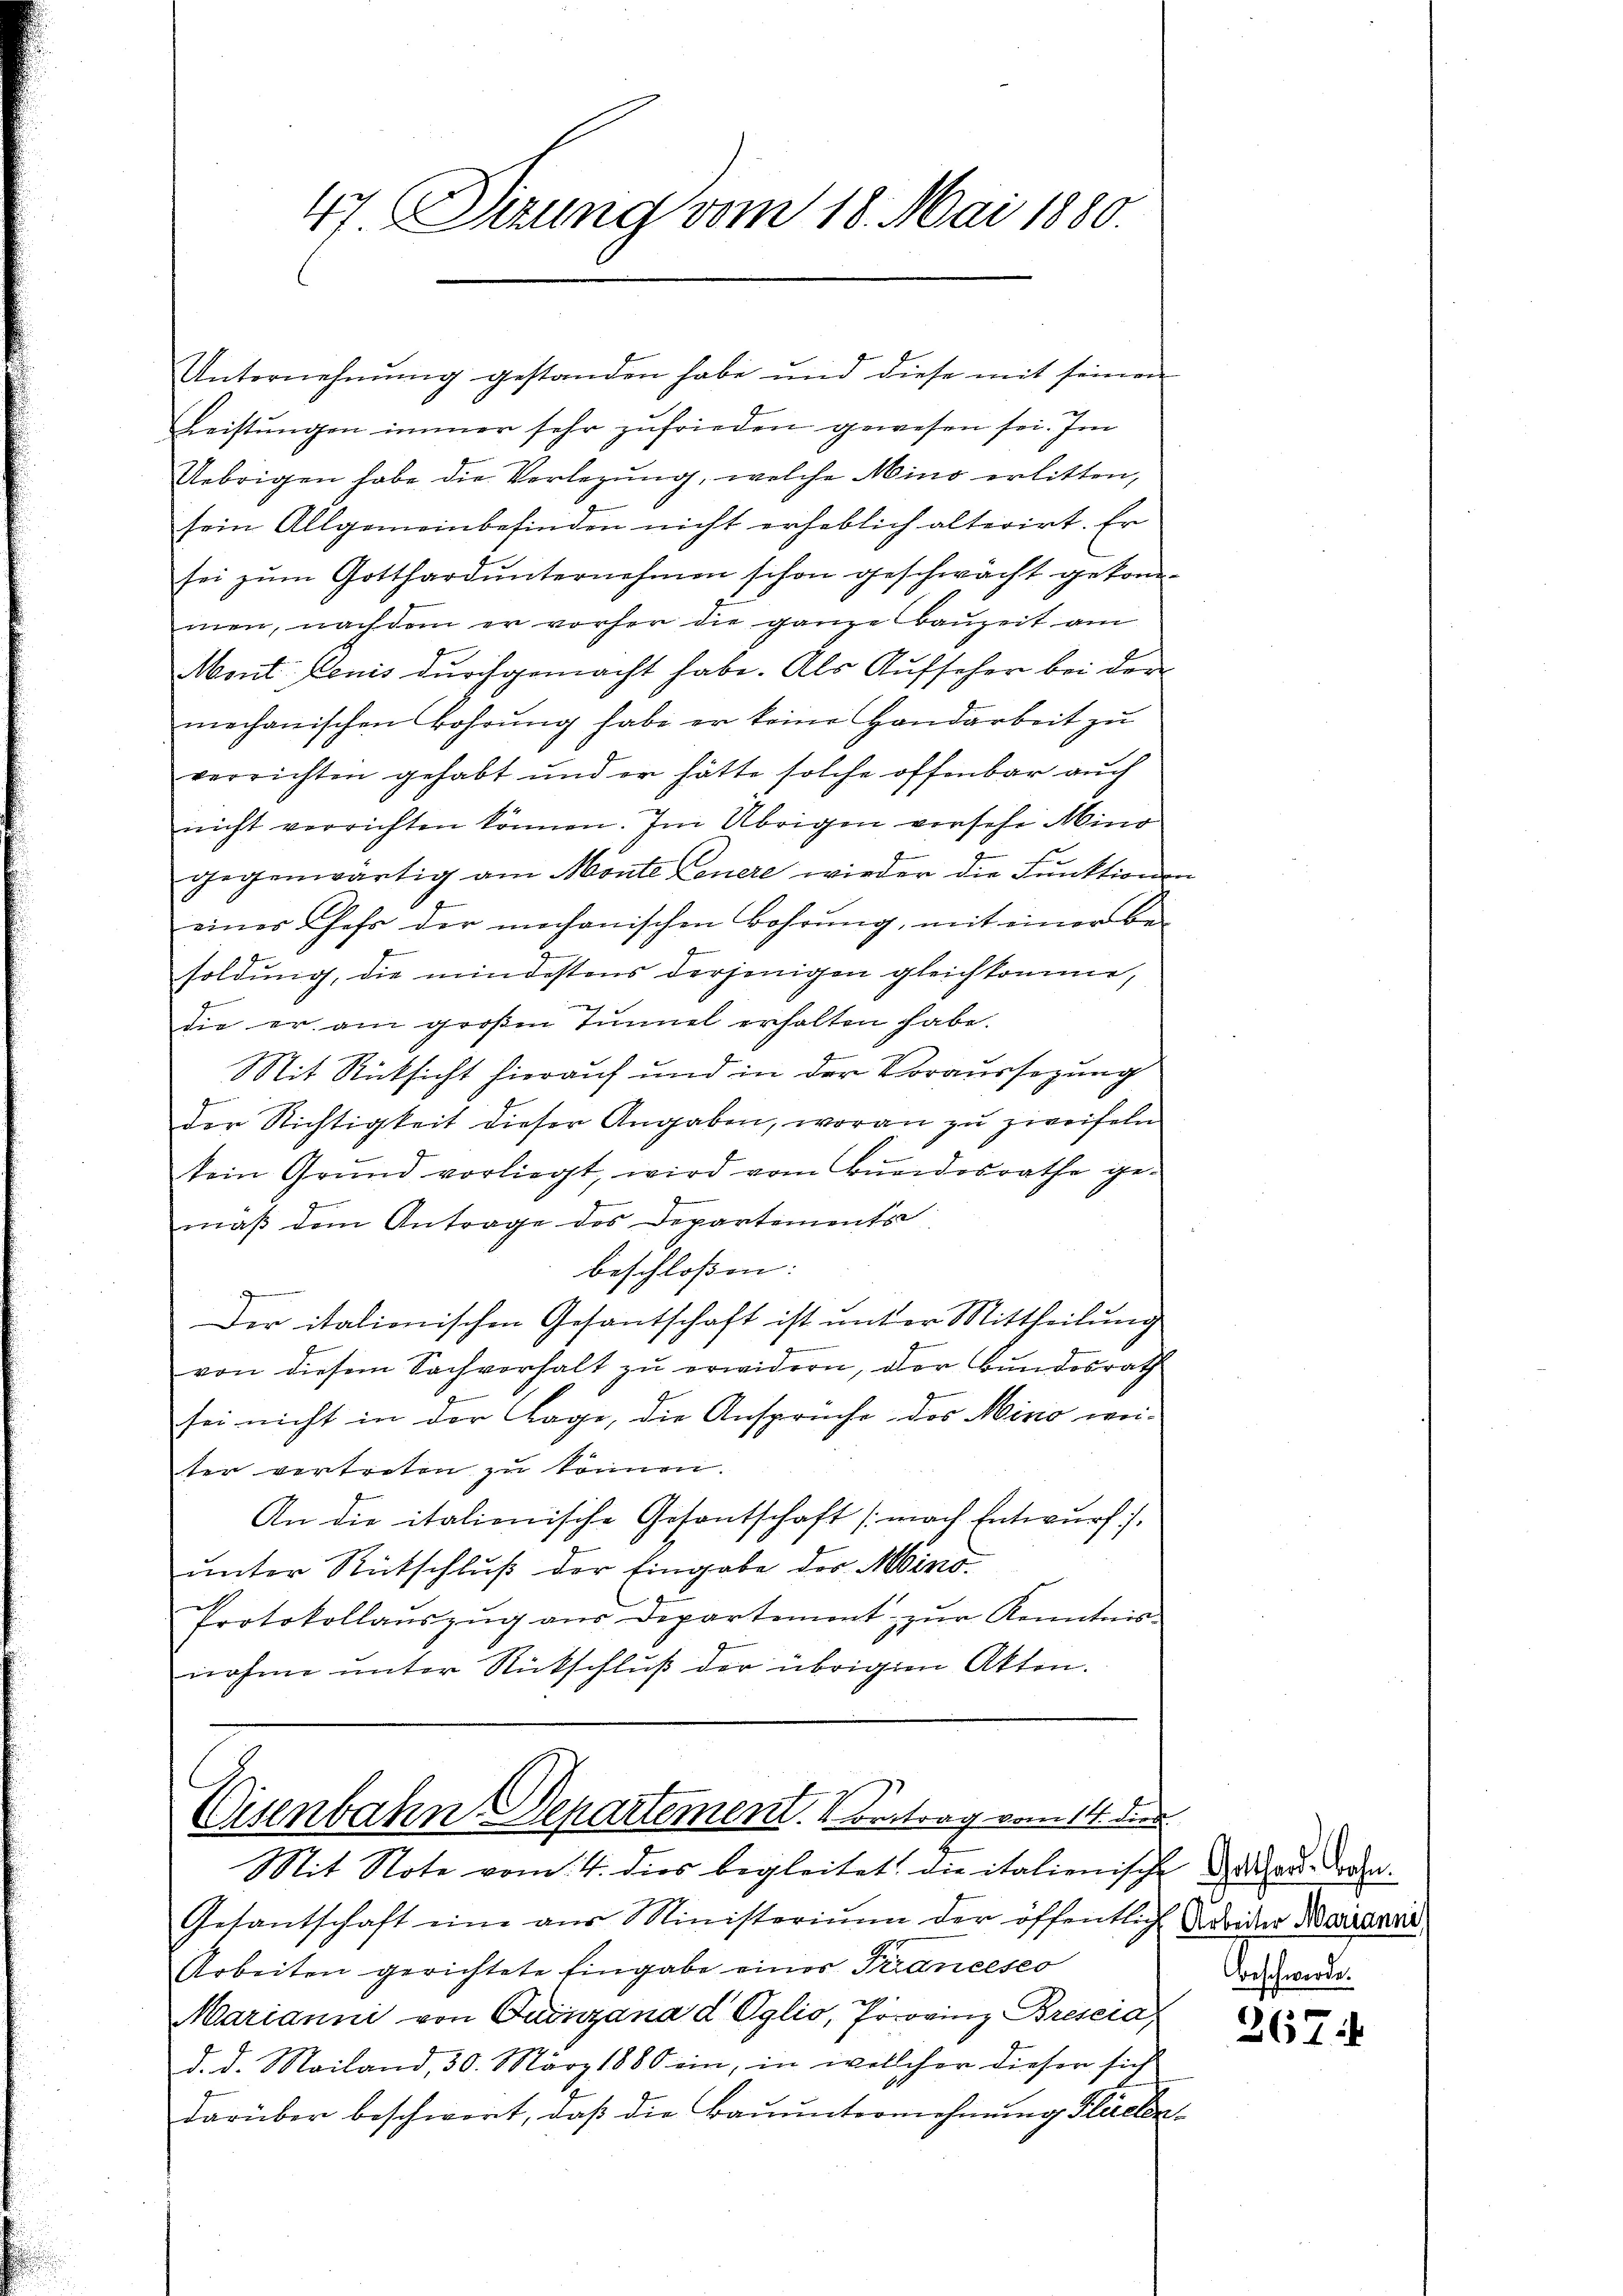
47 Sizung vom 18. Mai 1880.

Unternehmung gestanden habe und diese mit seinen
Leistŭngen immer sehr zufrieden gewesen sei. Im
Uebrigen habe die Verlegung, welche Mino erlitten,
sein Allgemeinbefinden nicht erheblich alterirt. Er
sei zum Gotthard unternehmen schon geschwächt gekommen, nachdem er vorher die ganze Bauzeit am
Mont Penis durchgemacht habe. Als Aufseher bei der
mechanischen Bohrŭng habe er keine Handarbeit zu
verrichten gehabt und er hätte solche offenbar auch
nicht verrichten können. Im Übrigen vorsehe Mino
gegenwärtig am Monte Feuere wieder die Funktions
einer Chefs der mechanischen Bohrŭng, mit einer be-
soldung, die mindestens derjenigen gleichkomme,
die er am großen Tunnel erhalten habe.
Mit Rücksicht hierauf und in der Voraussezung
der Richtigkeit dieser Angaben, woran zu zweifeln
tein Grŭnd vorliegt, wird vom Bŭndesrathe ge-
mäß dem Antrage des Departements
beschlossen:
9
Der italionischen Gesantschaft ist unter Mittheilung
von diesem Sachverhalt zu erwidern, der Bundesrath
sei nicht in der Lage, die Ansprüche das Minio weiter vertreten zu können.
An die italienische Gesantschaft (nach Entwurf :/.
ŭnter Rückschlŭβ der Eingabe der Mino-
Protokollaŭszŭg aŭs Departement zŭr Kenntnis-
nahme unter Rückschluß der übrigen Akten.

Eisenbahn Departement. Betrag vom 14. die
Mit Note vom 4. dies begleitet, die italienische Behaus dran.

Gesantschaft eine aŭs Ministerium der öffentlich Norider Marianis
Arbeiten gerichtete Eingabe eines Triancesco
Marianni von Quinzana d Oglio, Provinz Breseid,
d. d. Mailand, 30. März 1880 ein, in wellcher dieser sich
darüber beschwort, daß die Bauunternehmung Flächen¬

e
Beschwerde.

2674